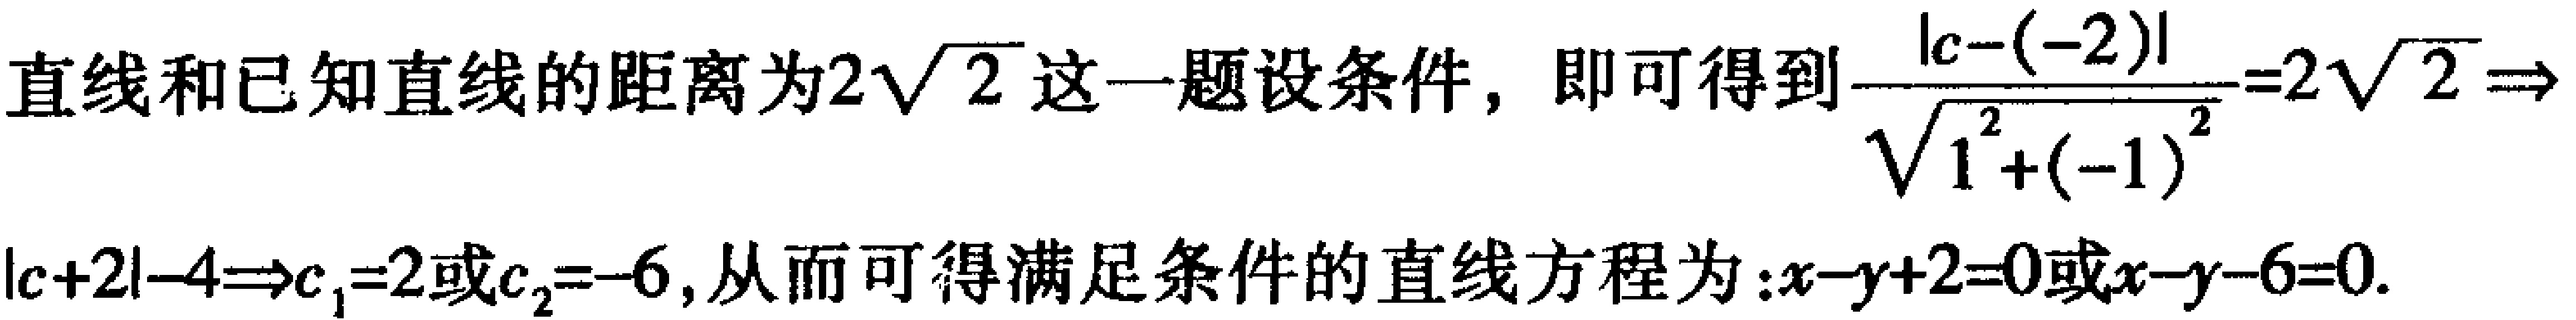
直线和已知直线的距离为\(2\sqrt{2}\)这一题设条件，即可得到\(\frac{\vert c - (-2)\vert}{\sqrt{1^{2}+(-1)^{2}}}=2\sqrt{2}\Rightarrow\vert c + 2\vert = 4\Rightarrow c_{1}=2或c_{2}=-6\)，从而可得满足条件的直线方程为：\(x - y + 2 = 0或x - y - 6 = 0\)。